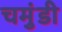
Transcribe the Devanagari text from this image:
चमुंडी